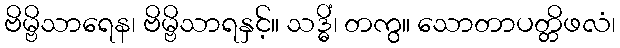
ဗိမ္ဗိသာရေန၊ ဗိမ္ဗိသာရနှင့်။ သဒ္ဓိံ၊ တကွ။ သောတာပတ္တိဖလံ၊